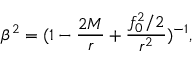
\beta ^ { 2 } = ( 1 - \frac { 2 M } { r } + \frac { f _ { 0 } ^ { 2 } / 2 } { r ^ { 2 } } ) ^ { - 1 } ,